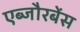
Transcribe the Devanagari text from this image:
एब्जौरबेंस